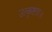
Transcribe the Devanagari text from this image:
उत्कृष्टता॥